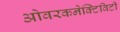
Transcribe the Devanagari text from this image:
ओवरकनेक्टिविटी